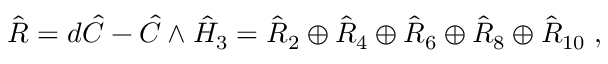
\hat { R } = d \hat { C } - \hat { C } \wedge \hat { H } _ { 3 } = \hat { R } _ { 2 } \oplus \hat { R } _ { 4 } \oplus \hat { R } _ { 6 } \oplus \hat { R } _ { 8 } \oplus \hat { R } _ { 1 0 } \; ,